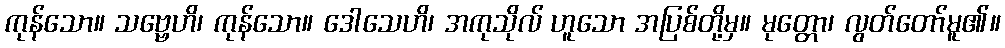
ကုန်သော။ သဗ္ဗေဟိ၊ ကုန်သော။ ဒေါသေဟိ၊ အကုသိုလ် ဟူသော အပြစ်တို့မှ။ မုတ္တော၊ လွတ်တော်မူ၏။